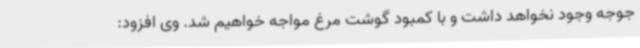
جوجه وجود نخواهد داشت و با کمبود گوشت مرغ مواجه خواهیم شد. وی افزود: